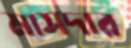
মাসদার